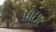
પોઇર